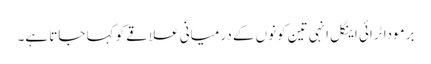
برمودا ٹرائی اینگل انہی تین کونوں کے درمیانی علاقے کو کہا جاتا ہے۔